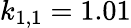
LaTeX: k_{1,1}=1.01